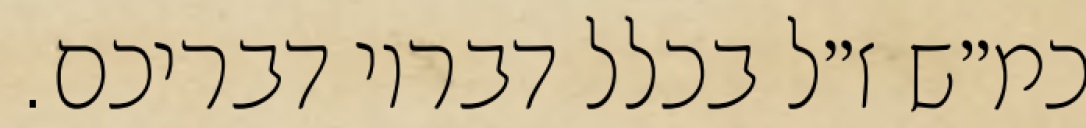
כמ״ש ז״ל בכלל דבריו דבריכם.